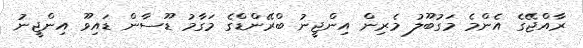
ރާއްޖޭގެ އެންމެ މަގުބޫލު މެރިން އިންޖީނު ބްރޭންޑްގެ މަގާމު ޑޫސާން ޑައިވޫ އިންޖީނު